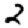
Digit: 2